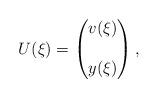
LaTeX: \begin{align*}U(\xi)= \begin{pmatrix} v(\xi) \\ \\ y(\xi) \end{pmatrix},\end{align*}